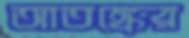
আতঙ্কের